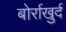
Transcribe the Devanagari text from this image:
बोर्राखुर्द